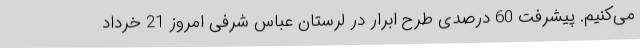
می‌کنیم. پیشرفت 60 درصدی طرح ابرار در لرستان عباس شرفی امروز 21 خرداد